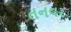
તનવર